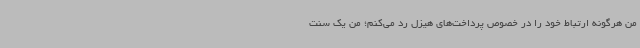
من هرگونه ارتباط خود را در خصوص پرداخت‌های هیزل رد می‌کنم؛ من یک سنت